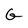
Character: G